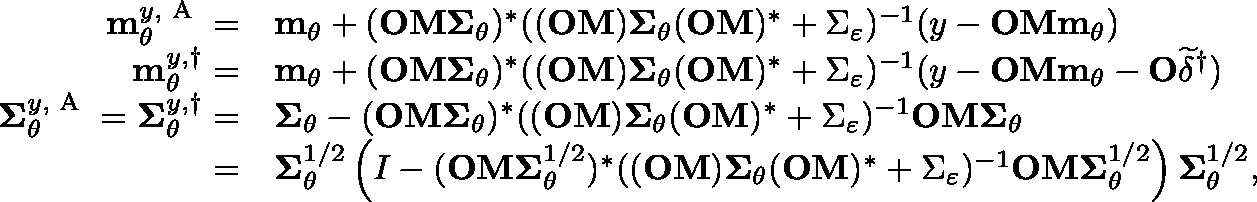
\begin{array} { r l } { \mathbf { m } _ { \theta } ^ { y , \textup { A } } = } & { \mathbf { m } _ { \theta } + ( \mathbf { O M \Sigma } _ { \theta } ) ^ { \ast } ( ( \mathbf { O M } ) \mathbf { \Sigma } _ { \theta } ( \mathbf { O M } ) ^ { \ast } + \Sigma _ { \varepsilon } ) ^ { - 1 } ( y - \mathbf { O M m } _ { \theta } ) } \\ { \mathbf { m } _ { \theta } ^ { y , \dagger } = } & { \mathbf { m } _ { \theta } + ( \mathbf { O M \Sigma } _ { \theta } ) ^ { \ast } ( ( \mathbf { O M } ) \mathbf { \Sigma } _ { \theta } ( \mathbf { O M } ) ^ { \ast } + \Sigma _ { \varepsilon } ) ^ { - 1 } ( y - \mathbf { O M m } _ { \theta } - \mathbf { O } \widetilde { \delta } ^ { \dagger } ) } \\ { \mathbf { \Sigma } _ { \theta } ^ { y , \textup { A } } = \mathbf { \Sigma } _ { \theta } ^ { y , \dagger } = } & { \mathbf { \Sigma } _ { \theta } - ( \mathbf { O M \Sigma } _ { \theta } ) ^ { \ast } ( ( \mathbf { O M } ) \mathbf { \Sigma } _ { \theta } ( \mathbf { O M } ) ^ { \ast } + \Sigma _ { \varepsilon } ) ^ { - 1 } \mathbf { O M \Sigma } _ { \theta } } \\ { = } & { \mathbf { \Sigma } _ { \theta } ^ { 1 / 2 } \left( I - ( \mathbf { O M } \mathbf { \Sigma } _ { \theta } ^ { 1 / 2 } ) ^ { \ast } ( ( \mathbf { O M } ) \mathbf { \Sigma } _ { \theta } ( \mathbf { O M } ) ^ { \ast } + \Sigma _ { \varepsilon } ) ^ { - 1 } \mathbf { O M } \mathbf { \Sigma } _ { \theta } ^ { 1 / 2 } \right) \mathbf { \Sigma } _ { \theta } ^ { 1 / 2 } , } \end{array}